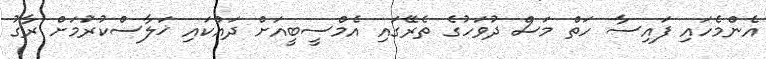
އެންމެހައި ފައިސާ ހަތް މަސް ދުވަހުގެ ތެރޭގައި އެމްސީބީއަށް ދައްކައި ޚަލާސްކުރުަމަށް ރާގު